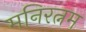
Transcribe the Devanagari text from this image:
मनिरत्नम